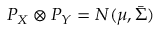
P _ { X } \otimes P _ { Y } = N ( \mu , \bar { \Sigma } )